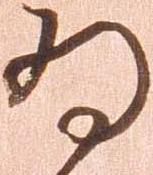
為